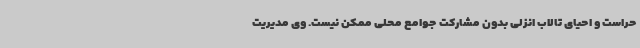
حراست و احیای تالاب انزلی بدون مشارکت جوامع محلی ممکن نیست. وی مدیریت